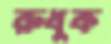
রুধুক